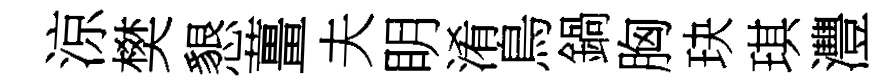
涼樊懇薑夫眀淆鳥鍋胸玦琪灃